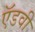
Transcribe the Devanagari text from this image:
ऍडवी